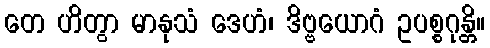
တေ ဟိတွာ မာနုသံ ဒေဟံ၊ ဒိဗ္ဗယောဂံ ဥပစ္စဂုန္တိ။